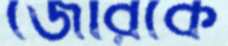
জেরিকে